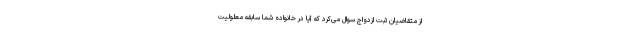
از متقاضیان ثبت ازدواج سوال می‌کرد که آیا در خانواده شما سابقه معلولیت